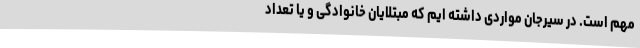
مهم است. در سیرجان مواردی داشته ایم که مبتلایان خانوادگی و یا تعداد